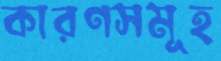
কারণসমূহ